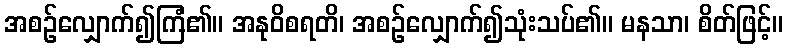
အစဉ်လျှောက်၍ကြံ၏။ အနုဝိစရတိ၊ အစဉ်လျှောက်၍သုံးသပ်၏။ မနသာ၊ စိတ်ဖြင့်။